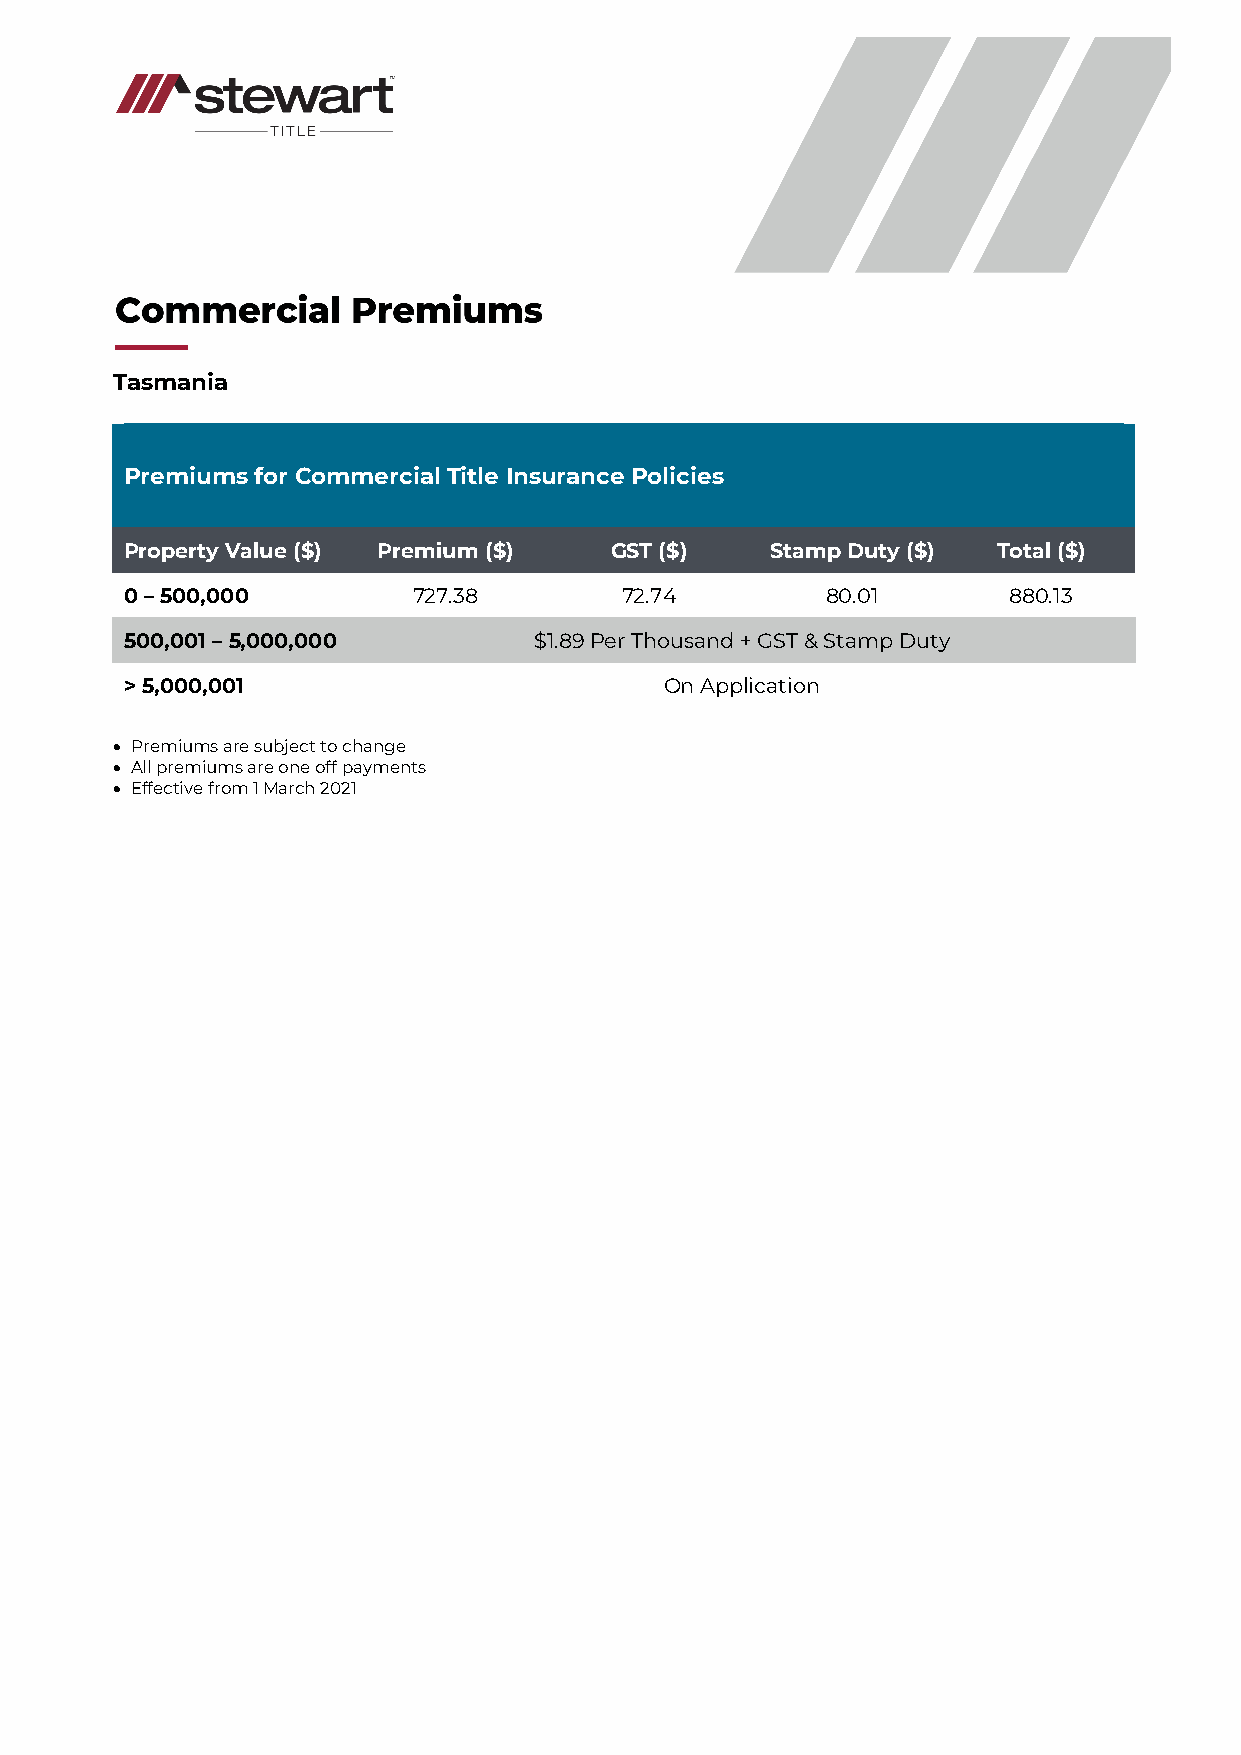
Tasmania
 Premiums for Commercial Title Insurance Policies
 Property Value ($) Premium ($)  GST ($)    Stamp Duty ($) Total ($)
 0 – 500,000        727.38        72.74         80.01       880.13
 500,001 – 5,000,000        $1.89 Per Thousand + GST & Stamp Duty
 > 5,000,001                         On Application
 • Premiums are subject to change
 • All premiums are one off payments
 • Effective from 1 March 2021